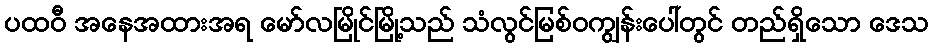
ပထဝီ အနေအထားအရ မော်လမြိုင်မြို့သည် သံလွင်မြစ်ဝကျွန်းပေါ်တွင် တည်ရှိသော ဒေသ